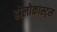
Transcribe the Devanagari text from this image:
होलोकास्ट्स